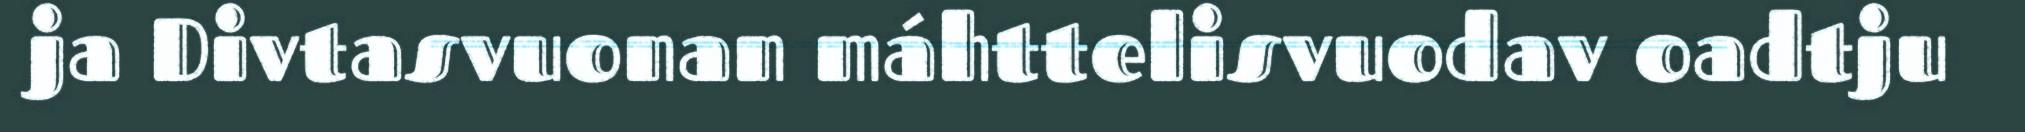
ja Divtasvuonan máhttelisvuodav oadtju